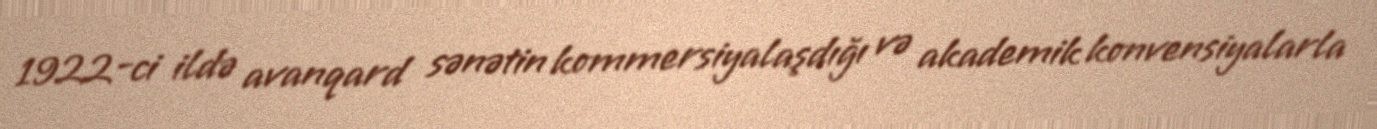
1922-ci ildə avanqard sənətin kommersiyalaşdığı və akademik konvensiyalarla